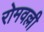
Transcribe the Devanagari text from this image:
रोमवल्ली